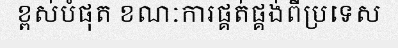
ខ្ពស់បំផុត ខណៈការផ្គត់ផ្គង់ពីប្រទេស